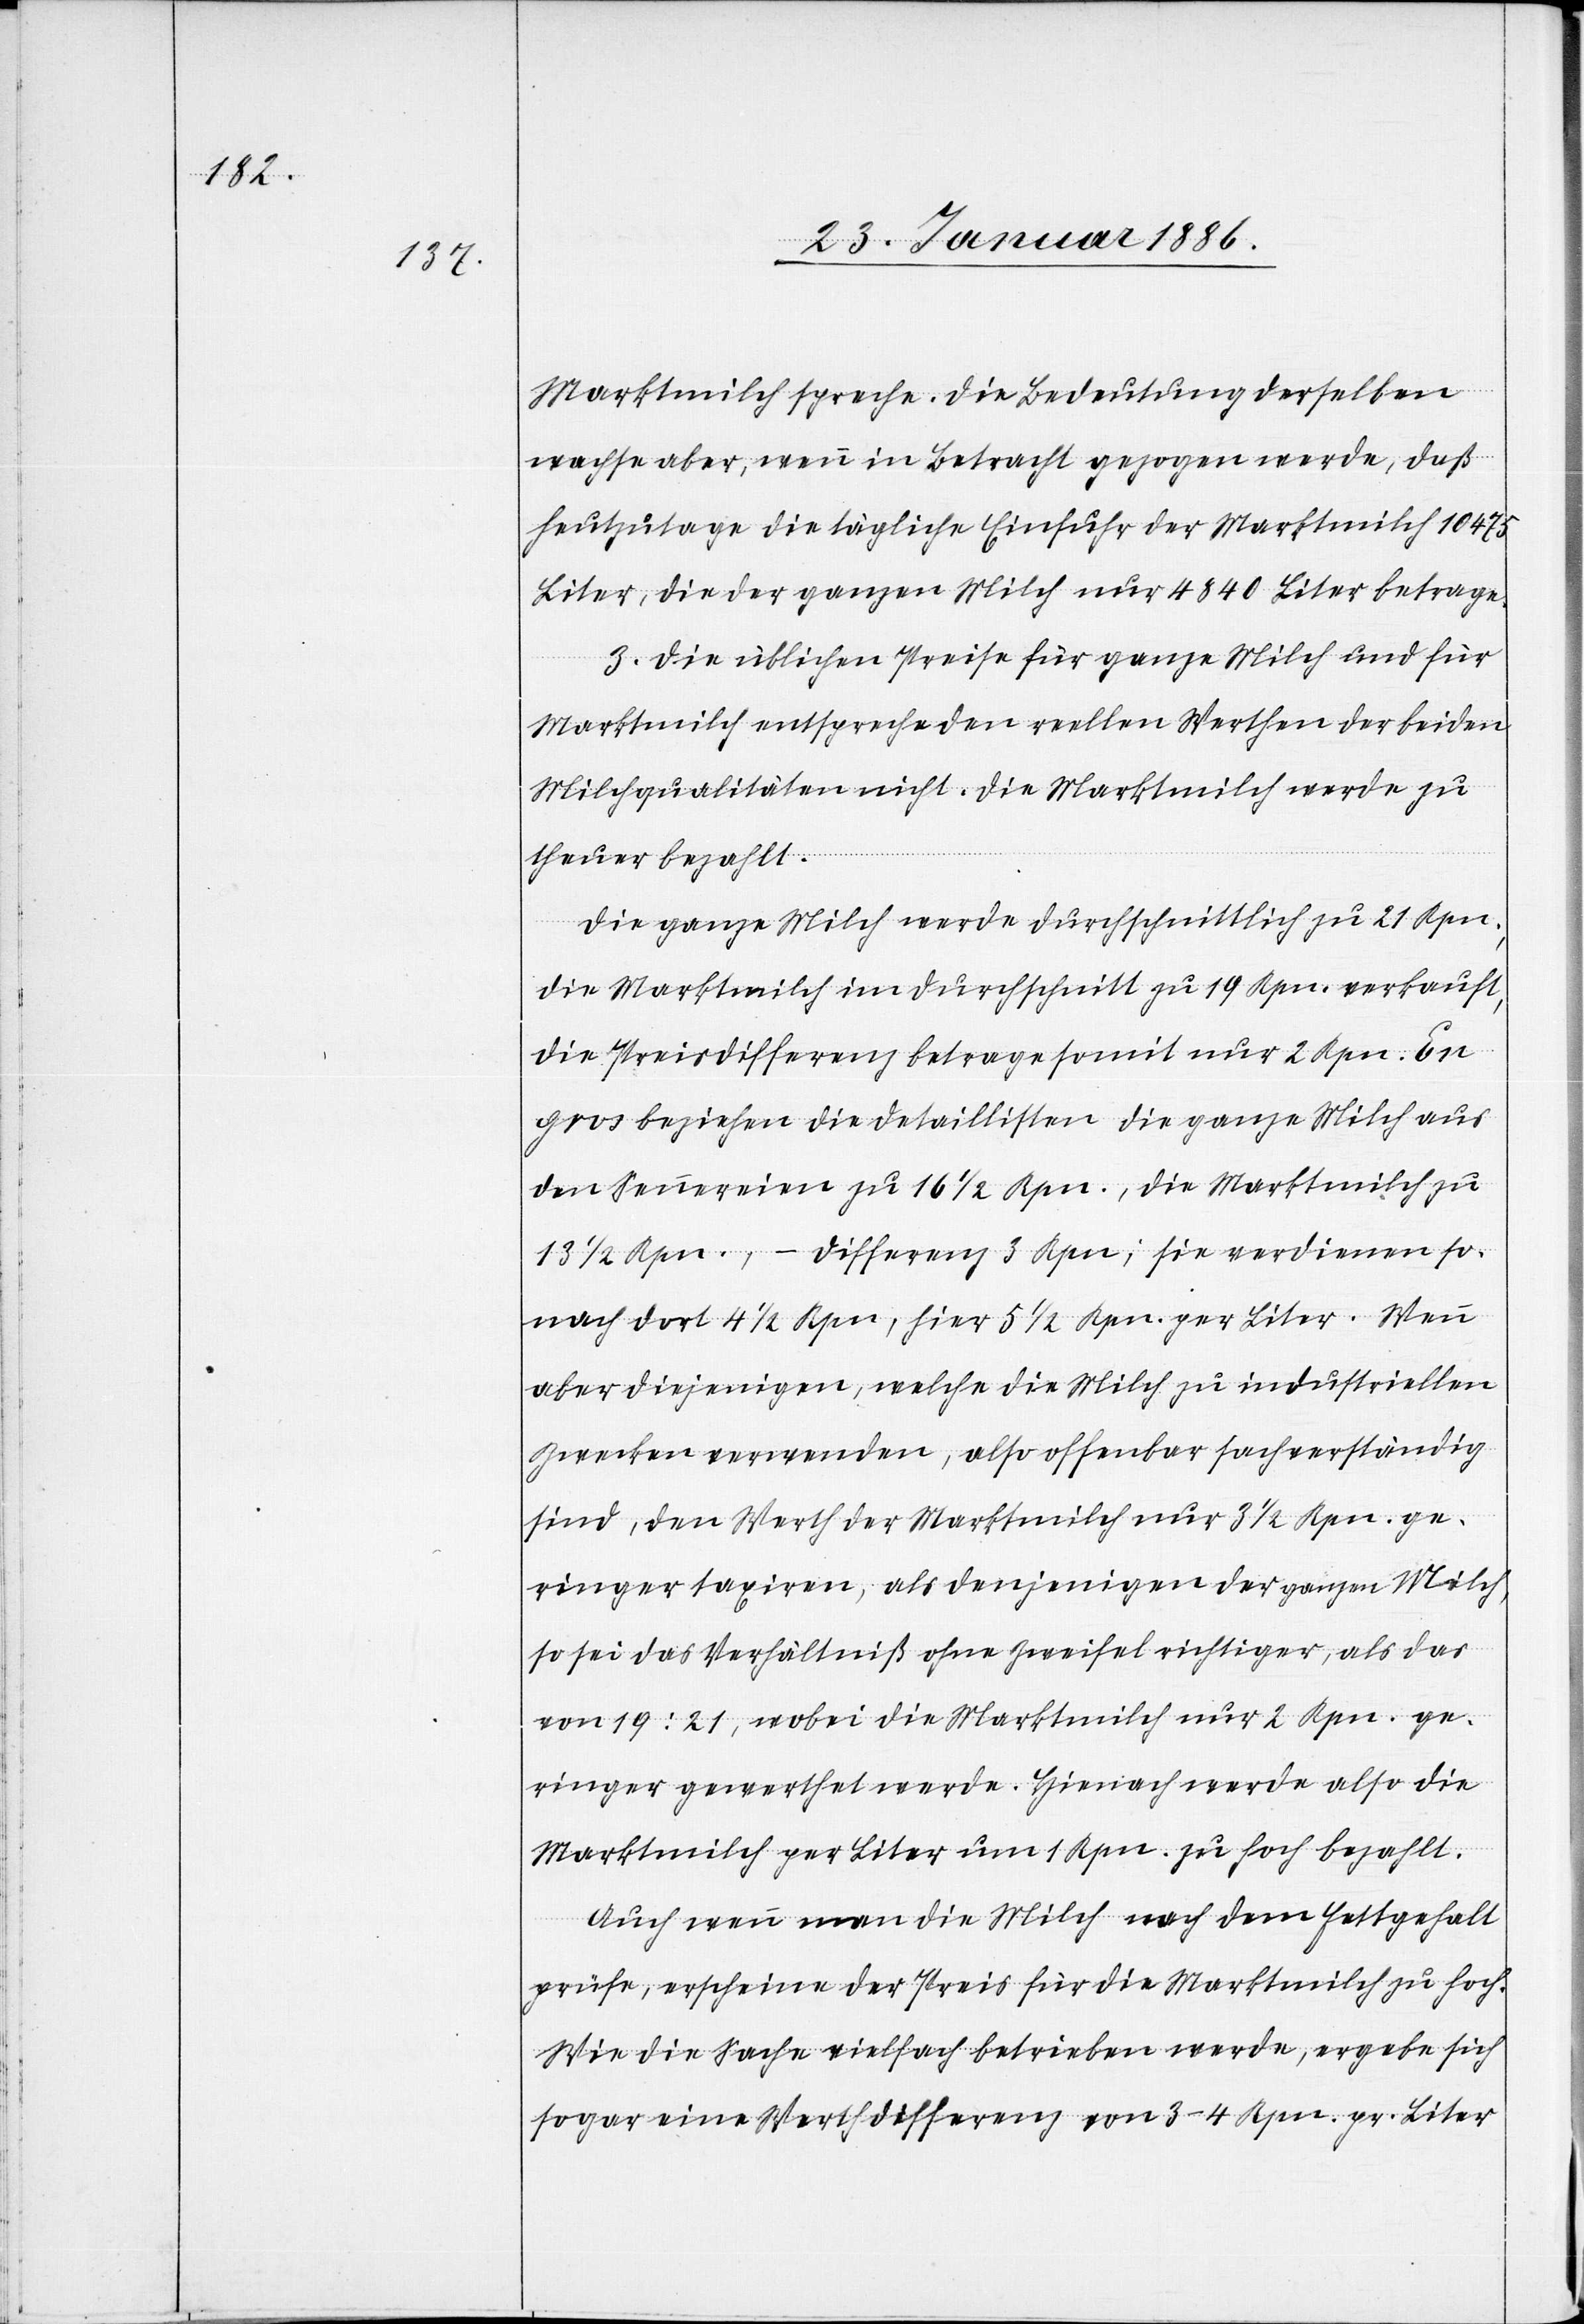
Marktmilch spreche. Die Bedeutung derselben
mache aber, wenn in Betracht gezogen werde, daß
heutzutage die tägliche Einfuhr der Marktmilch 10 475
Liter, die der ganzen Milch nur 4840 Liter betrage.
3. Die üblichen Preise für ganze Milch und für
Marktmilch entsprechen den reellen Werthen der beiden
Milchqualitäten nicht. Die Marktmilch werde zu
theuer bezahlt.
Die ganze Milch werde durchschnittlich zu 21 Rpn.,
die Marktmilch im Durchschnitt zu 19 Rpn. verkauft,
die Preisdifferenz betrage somit nur 2 Rpn. En
gros beziehen die Detailliste die ganze Milch aus
den Sennereinen zu 16 1/2 Rpn., die Marktmilch zu
13 1/2 Rpn., – Differenz 3 Rpn; sie verdienen so¬
nach dort 4 1/2 Rpn, hier 5 1/2 Rpn. per Liter. Wenn
aber diejenigen, welche die Milch zu industriellen
Zwecken verwenden, also offenbar fachverständig
sind, den Werth der Marktmilch nur 3 1/2 Rpn. ge¬
ringer taxiren, als denjenigen der ganzen Milch,
so sei das Verhältniß ohne Zweifel richtiger, als das
von 19 : 21, wobei die Marktmilch nur 2 Rpn. ge¬
ringer gewerthet werde. Hienach werde also die
Marktmilch per Liter um 1 Rpn. zu hoch bezahlt.
Auch wenn man die Milch nach dem Fettgehalt
prüfe, erscheine der Preis für die Marktmilch zu hoch.
Wie die Sache vielfach betrieben werde, ergebe sich
sogar eine Werthdifferenz von 3–4 Rpn. pr. Liter